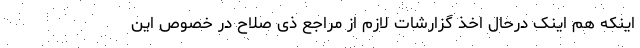
اینکه هم اینک درحال اخذ گزارشات لازم از مراجع ذی صلاح در خصوص این